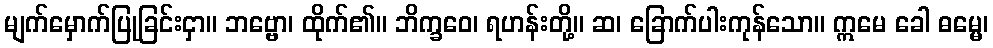
မျက်မှောက်ပြုခြင်းငှာ။ ဘဗ္ဗော၊ ထိုက်၏။ ဘိက္ခဝေ၊ ရဟန်းတို့။ ဆ၊ ခြောက်ပါးကုန်သော။ ဣမေ ခေါ ဓမ္မေ၊